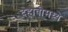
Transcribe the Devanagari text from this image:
दहावीमध्ये